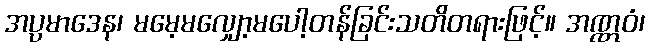
အပ္ပမာဒေန၊ မမေ့မလျှော့မပေါ့တန်ခြင်းသတိတရားဖြင့်။ အဏ္ဏဝံ၊